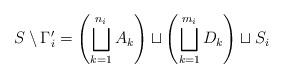
LaTeX: \begin{align*}S\setminus\Gamma_{i}'=\left(\bigsqcup_{k=1}^{n_{i}} A_{k}\right)\sqcup \left(\bigsqcup_{k=1}^{m_{i}} D_{k}\right)\sqcup S_{i}\end{align*}